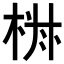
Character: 𣒏